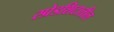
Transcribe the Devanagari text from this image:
स्प्रेडशिटातील